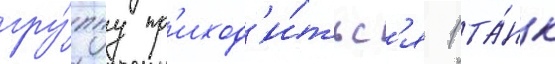
гру́ппу пр'иход'и́тьс'я 1 та́нк